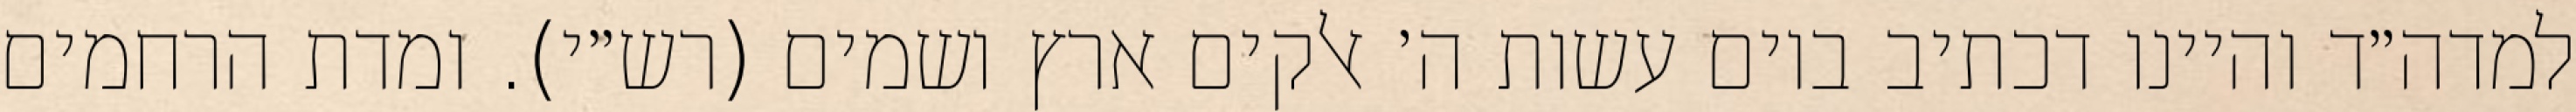
למדה״ד והיינו דכתיב ביום עשות ה׳ אלקים ארץ ושמים (רש״י). ומדת הרחמים